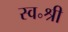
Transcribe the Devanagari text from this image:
स्व॰श्री